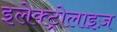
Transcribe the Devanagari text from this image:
इलेक्ट्रोलाइज़